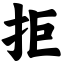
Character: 拒